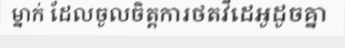
ម្នាក់ ដែលចូលចិត្តការថតវីដេអូដូចគ្នា